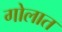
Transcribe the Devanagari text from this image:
गोलात